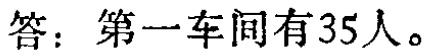
答：第一车间有35人。